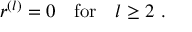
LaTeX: r ^ { ( l ) } = 0 \quad \mathrm { f o r } \quad l \geq 2 \ .